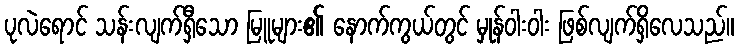
ပုလဲရောင် သန်းလျက်ရှီသော မြူများ၏ နောက်ကွယ်တွင် မှုန်ဝါးဝါး ဖြစ်လျက်ရှိလေသည်။